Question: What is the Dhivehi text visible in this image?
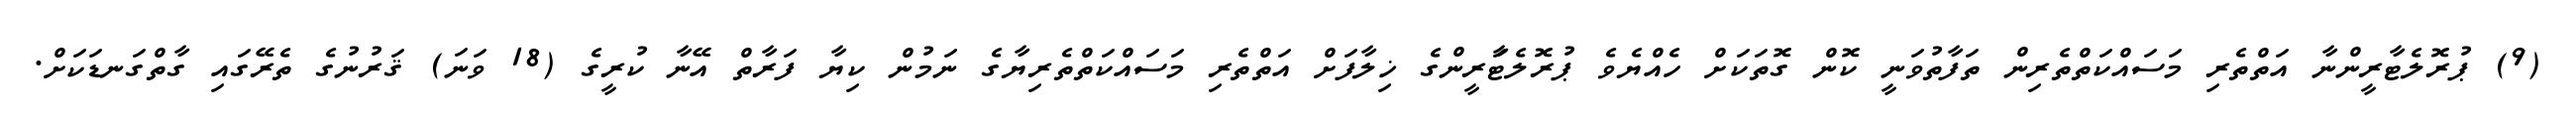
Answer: (9) ޕުރޮލެޓާރީންނާ އަތްތެރި މަސައްކަތްތެރިން ތަފާތުވަނީ ކޮން ގޮތަކަށް ހެއްޔެވެ ޕުރޮލެޓަާރީންގެ ޚިލާފަށް އަތްތެރި މަސައްކަތްތެރިޔާގެ ނަމުން ކިޔާ ފަރާތް އޭނާ ކުރީގެ (18 ވަނަ) ޤަރުނުގެ ތެރޭގައި ގާތްގަނޑަކަށް.